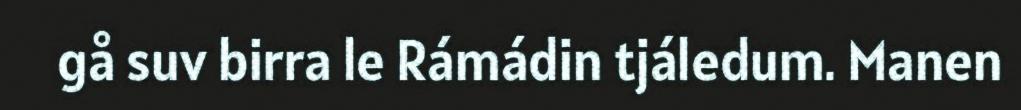
gå suv birra le Rámádin tjáledum. Manen